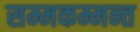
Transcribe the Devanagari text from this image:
सम्मकम्मन्त